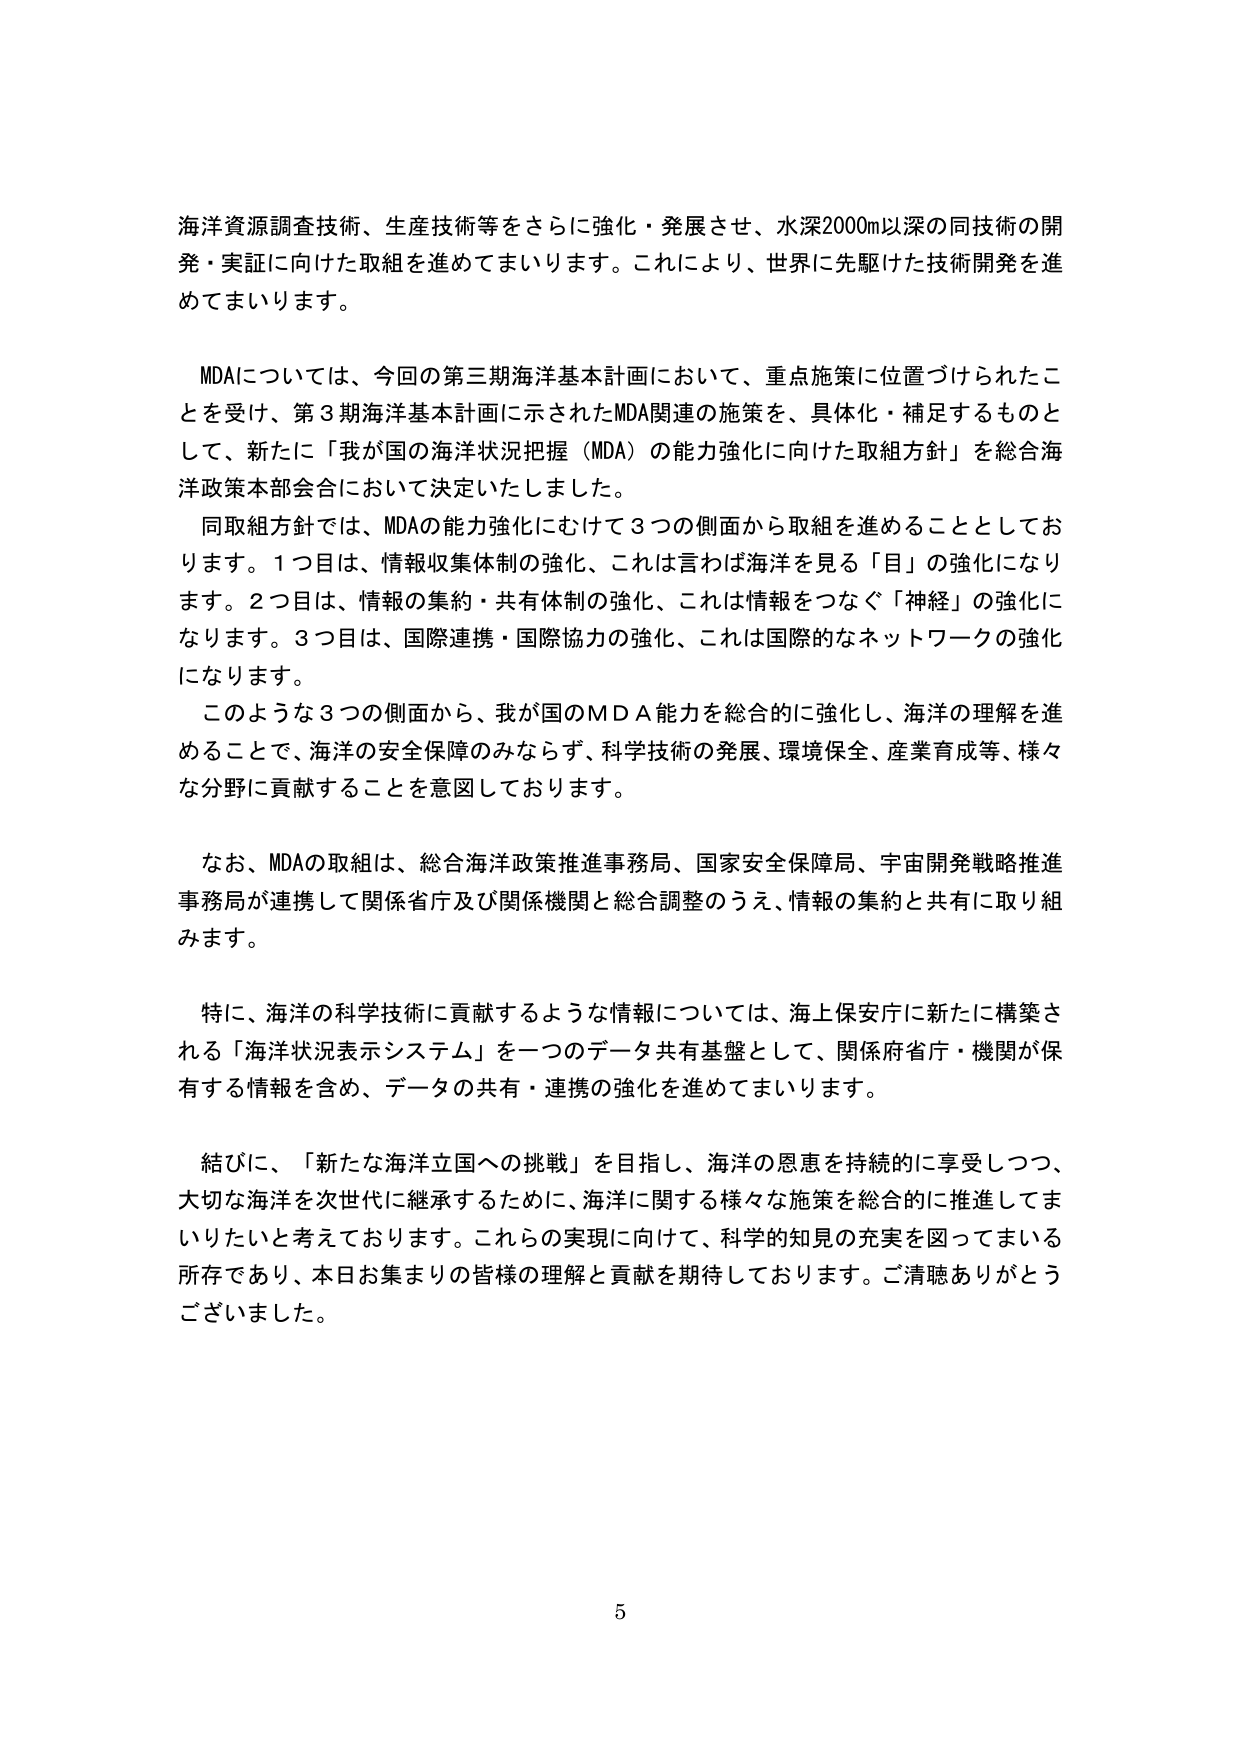
海洋資源調査技術、生産技術等をさらに強化・発展させ、水深2000m以深の同技術の開発・実証に向けた取組を進めてまいります。これにより、世界に先駆けた技術開発を進めてまいります。

MDAについては、今回の第三期海洋基本計画において、重点施策に位置づけられたことを受け、第3期海洋基本計画に示されたMDA関連の施策を、具体化・補足するものとして、新たに「我が国の海洋状況把握（MDA）の能力強化に向けた取組方針」を総合海洋政策本部会合において決定いたしました。

同取組方針では、MDAの能力強化にむけて3つの側面から取組を進めることとしております。1つ目は、情報収集体制の強化、これは言わば海洋を見る「目」の強化になります。2つ目は、情報の集約・共有体制の強化、これは情報をつなぐ「神経」の強化になります。3つ目は、国際連携・国際協力の強化、これは国際的なネットワークの強化になります。

このような3つの側面から、我が国のMDA能力を総合的に強化し、海洋の理解を進めることで、海洋の安全保障のみならず、科学技術の発展、環境保全、産業育成等、様々な分野に貢献することを意図しております。

なお、MDAの取組は、総合海洋政策推進事務局、国家安全保障局、宇宙開発戦略推進事務局が連携して関係省庁及び関係機関と総合調整のうえ、情報の集約と共有に取り組みます。

特に、海洋の科学技術に貢献するような情報については、海上保安庁に新たに構築される「海洋状況表示システム」を一つのデータ共有基盤として、関係府省庁・機関が保有する情報を含め、データの共有・連携の強化を進めてまいります。

結びに、「新たな海洋立国への挑戦」を目指し、海洋の恩恵を持続的に享受しつつ、大切な海洋を次世代に継承するために、海洋に関する様々な施策を総合的に推進してまいりたいと考えております。これらの実現に向けて、科学的知見の充実を図ってまいる所存であり、本日お集まりの皆様の理解と貢献を期待しております。ご清聴ありがとうございました。

5